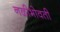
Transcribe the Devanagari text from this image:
नळीभोवती